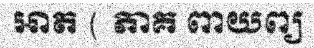
អាត ( ភាគ ពាយព្យ